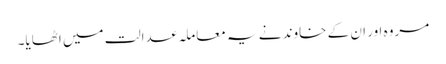
مروہ اور ان کے خاوند نے یہ معاملہ عدالت میں اٹھایا۔